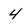
Character: 4